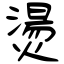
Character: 燙